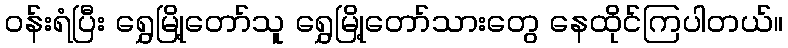
ဝန်းရံပြီး ရွှေမြို့တော်သူ ရွှေမြို့တော်သားတွေ နေထိုင်ကြပါတယ်။